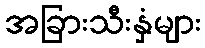
အခြားသီးနှံများ